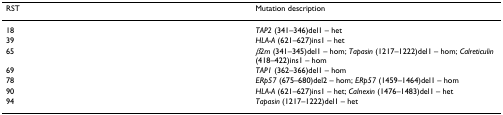
| RST | Mutation description |
 | --- | --- |
 | 18 | TAP2 (341–346)del1 – het |
 | 39 | HLA-A (621–627)ins1 – het |
 | 65 | β2m (341–345)del1 – hom; Tapasin (1217–1222)del1 – hom; Calreticulin (418–422)ins1 – hom |
 | 69 | TAP1 (362–366)del1 – hom |
 | 78 | ERp57 (675–680)del2 – hom; ERp57 (1459–1464)del1 – hom |
 | 90 | HLA-A (621–627)ins1 – het; Calnexin (1476–1483)del1 – het |
 | 94 | Tapasin (1217–1222)del1 – het |